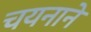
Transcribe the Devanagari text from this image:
चयनाने